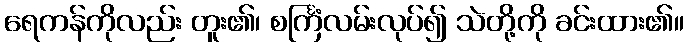
ရေကန်ကိုလည်း တူး၏၊ စင်္ကြံလမ်းလုပ်၍ သဲတို့ကို ခင်းထား၏။